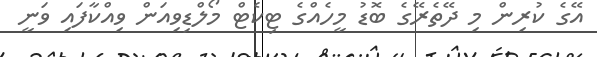
އޭގެ ކުރިން މި ދޭތެރޭގެ ބޮޑު މީހެއްގެ ޓިކެޓް މޯލްޑިވިއަން ވިއްކާފައި ވަނީ